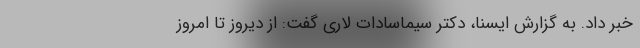
خبر داد. به گزارش ایسنا، دکتر سیماسادات لاری گفت: از دیروز تا امروز